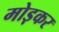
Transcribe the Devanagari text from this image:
मोड़़कर